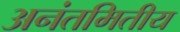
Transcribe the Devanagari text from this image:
अनंतमितीय